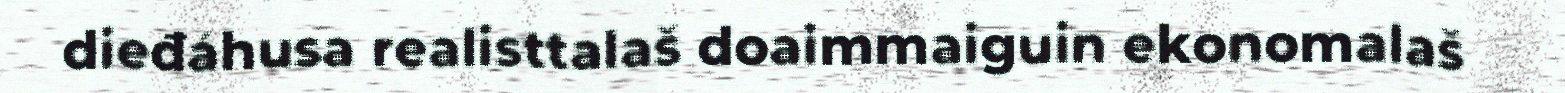
dieđáhusa realisttalaš doaimmaiguin ekonomalaš